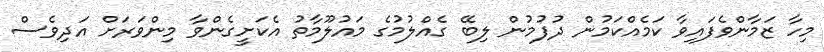
މިހާ ޒަމާންވެފައިވާ ކަމެއްކަމުން ދުފުމުން ލިބޭ ގެއްލުމުގެ މައުލޫމާތު އެކަށީގެންވާ މިންވަރަށް އަދިވެސް